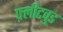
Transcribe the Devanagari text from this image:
फ़्लीटवुड